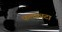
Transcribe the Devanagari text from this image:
फलकाटा